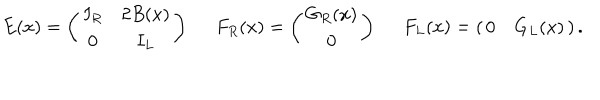
E ( x ) = \left( \begin{array} { c c } { { I _ { R } } } & { { 2 B ( x ) } } \\ { { 0 } } & { { I _ { L } } } \\ \end{array} \right) \; \; F _ { R } ( x ) = \left( \begin{array} { c } { { G _ { R } ( x ) } } \\ { { 0 } } \\ \end{array} \right) \; \; F _ { L } ( x ) = \left( \begin{array} { c c } { { 0 } } & { { G _ { L } ( x ) } } \\ \end{array} \right) .